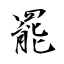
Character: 罷